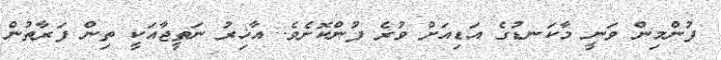
ފުންމިން ވަނީ މާކަނޑުގެ އަޑިއަށް ވުރެ ފުންކޮށެވެ. އާޚިރު ނަތީޖާއަކީ ތިން ފަރާތުން